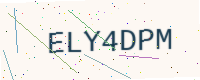
Text: ELY4DPM